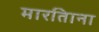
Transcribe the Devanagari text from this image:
मारतिाना